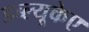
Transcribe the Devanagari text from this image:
डब्ल्यूकेए